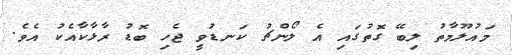
މައުލޫމާތު ލިބޭ ގޮތުގައި އެ ލޯންޗު ކަނޑުވީ ޖެހި ބޮޑު ރާޅާކާއެކު އެވެ.